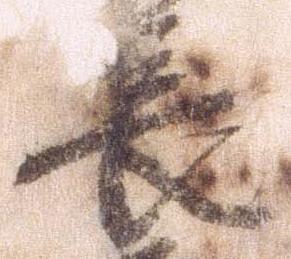
長